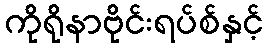
ကိုရိုနာဗိုင်းရပ်စ်နှင့်